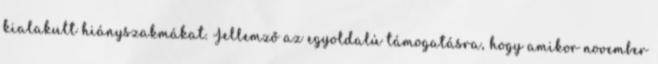
kialakult hiányszakmákat. Jellemző az egyoldalú támogatásra, hogy amikor november